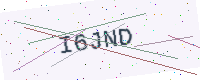
Text: I6JND